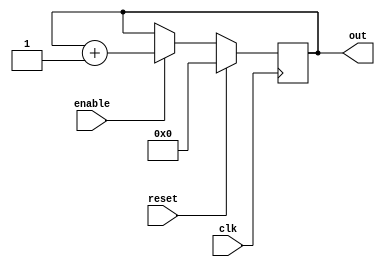
`timescale 1ns/100ps
module UpCounter(					                     //Upcounter for READY-Logic
out,  
enable,  
clk,  
reset     
);

output reg [15:0] out;
input enable,reset,clk;


always @(posedge clk)
if (reset) begin
  out <= 8'b0 ;
end 
else if (enable) begin
  out <= out + 1;
end
endmodule